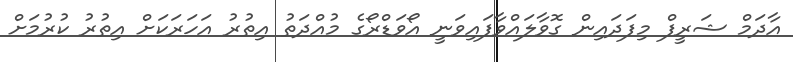
އާދަމް ޝަރީފް މިފަދައިން ގޮވާލައްވާފައިވަނީ އޯވަޑްރޯގެ މުއްދަތު އިތުރު އަހަރަކަށް އިތުރު ކުރުމަށް